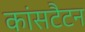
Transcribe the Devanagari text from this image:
कांसटैटन